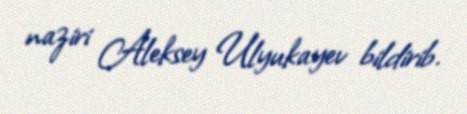
naziri Aleksey Ulyukayev bildirib.